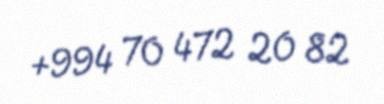
+994 70 472 20 82